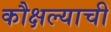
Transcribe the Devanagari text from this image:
कौक्षल्याची